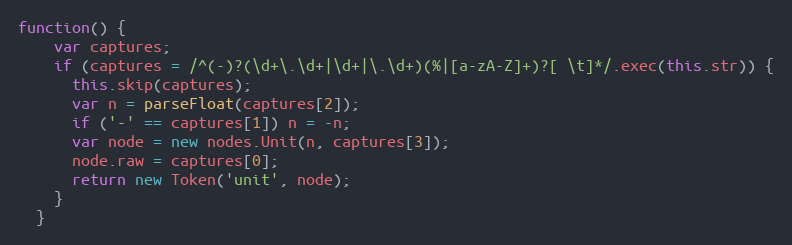
Language: JavaScript
function() {
    var captures;
    if (captures = /^(-)?(\d+\.\d+|\d+|\.\d+)(%|[a-zA-Z]+)?[ \t]*/.exec(this.str)) {
      this.skip(captures);
      var n = parseFloat(captures[2]);
      if ('-' == captures[1]) n = -n;
      var node = new nodes.Unit(n, captures[3]);
      node.raw = captures[0];
      return new Token('unit', node);
    }
  }